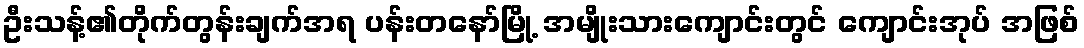
ဦးသန့်၏တိုက်တွန်းချက်အရ ပန်းတနော်မြို့ အမျိုးသားကျောင်းတွင် ကျောင်းအုပ် အဖြစ်